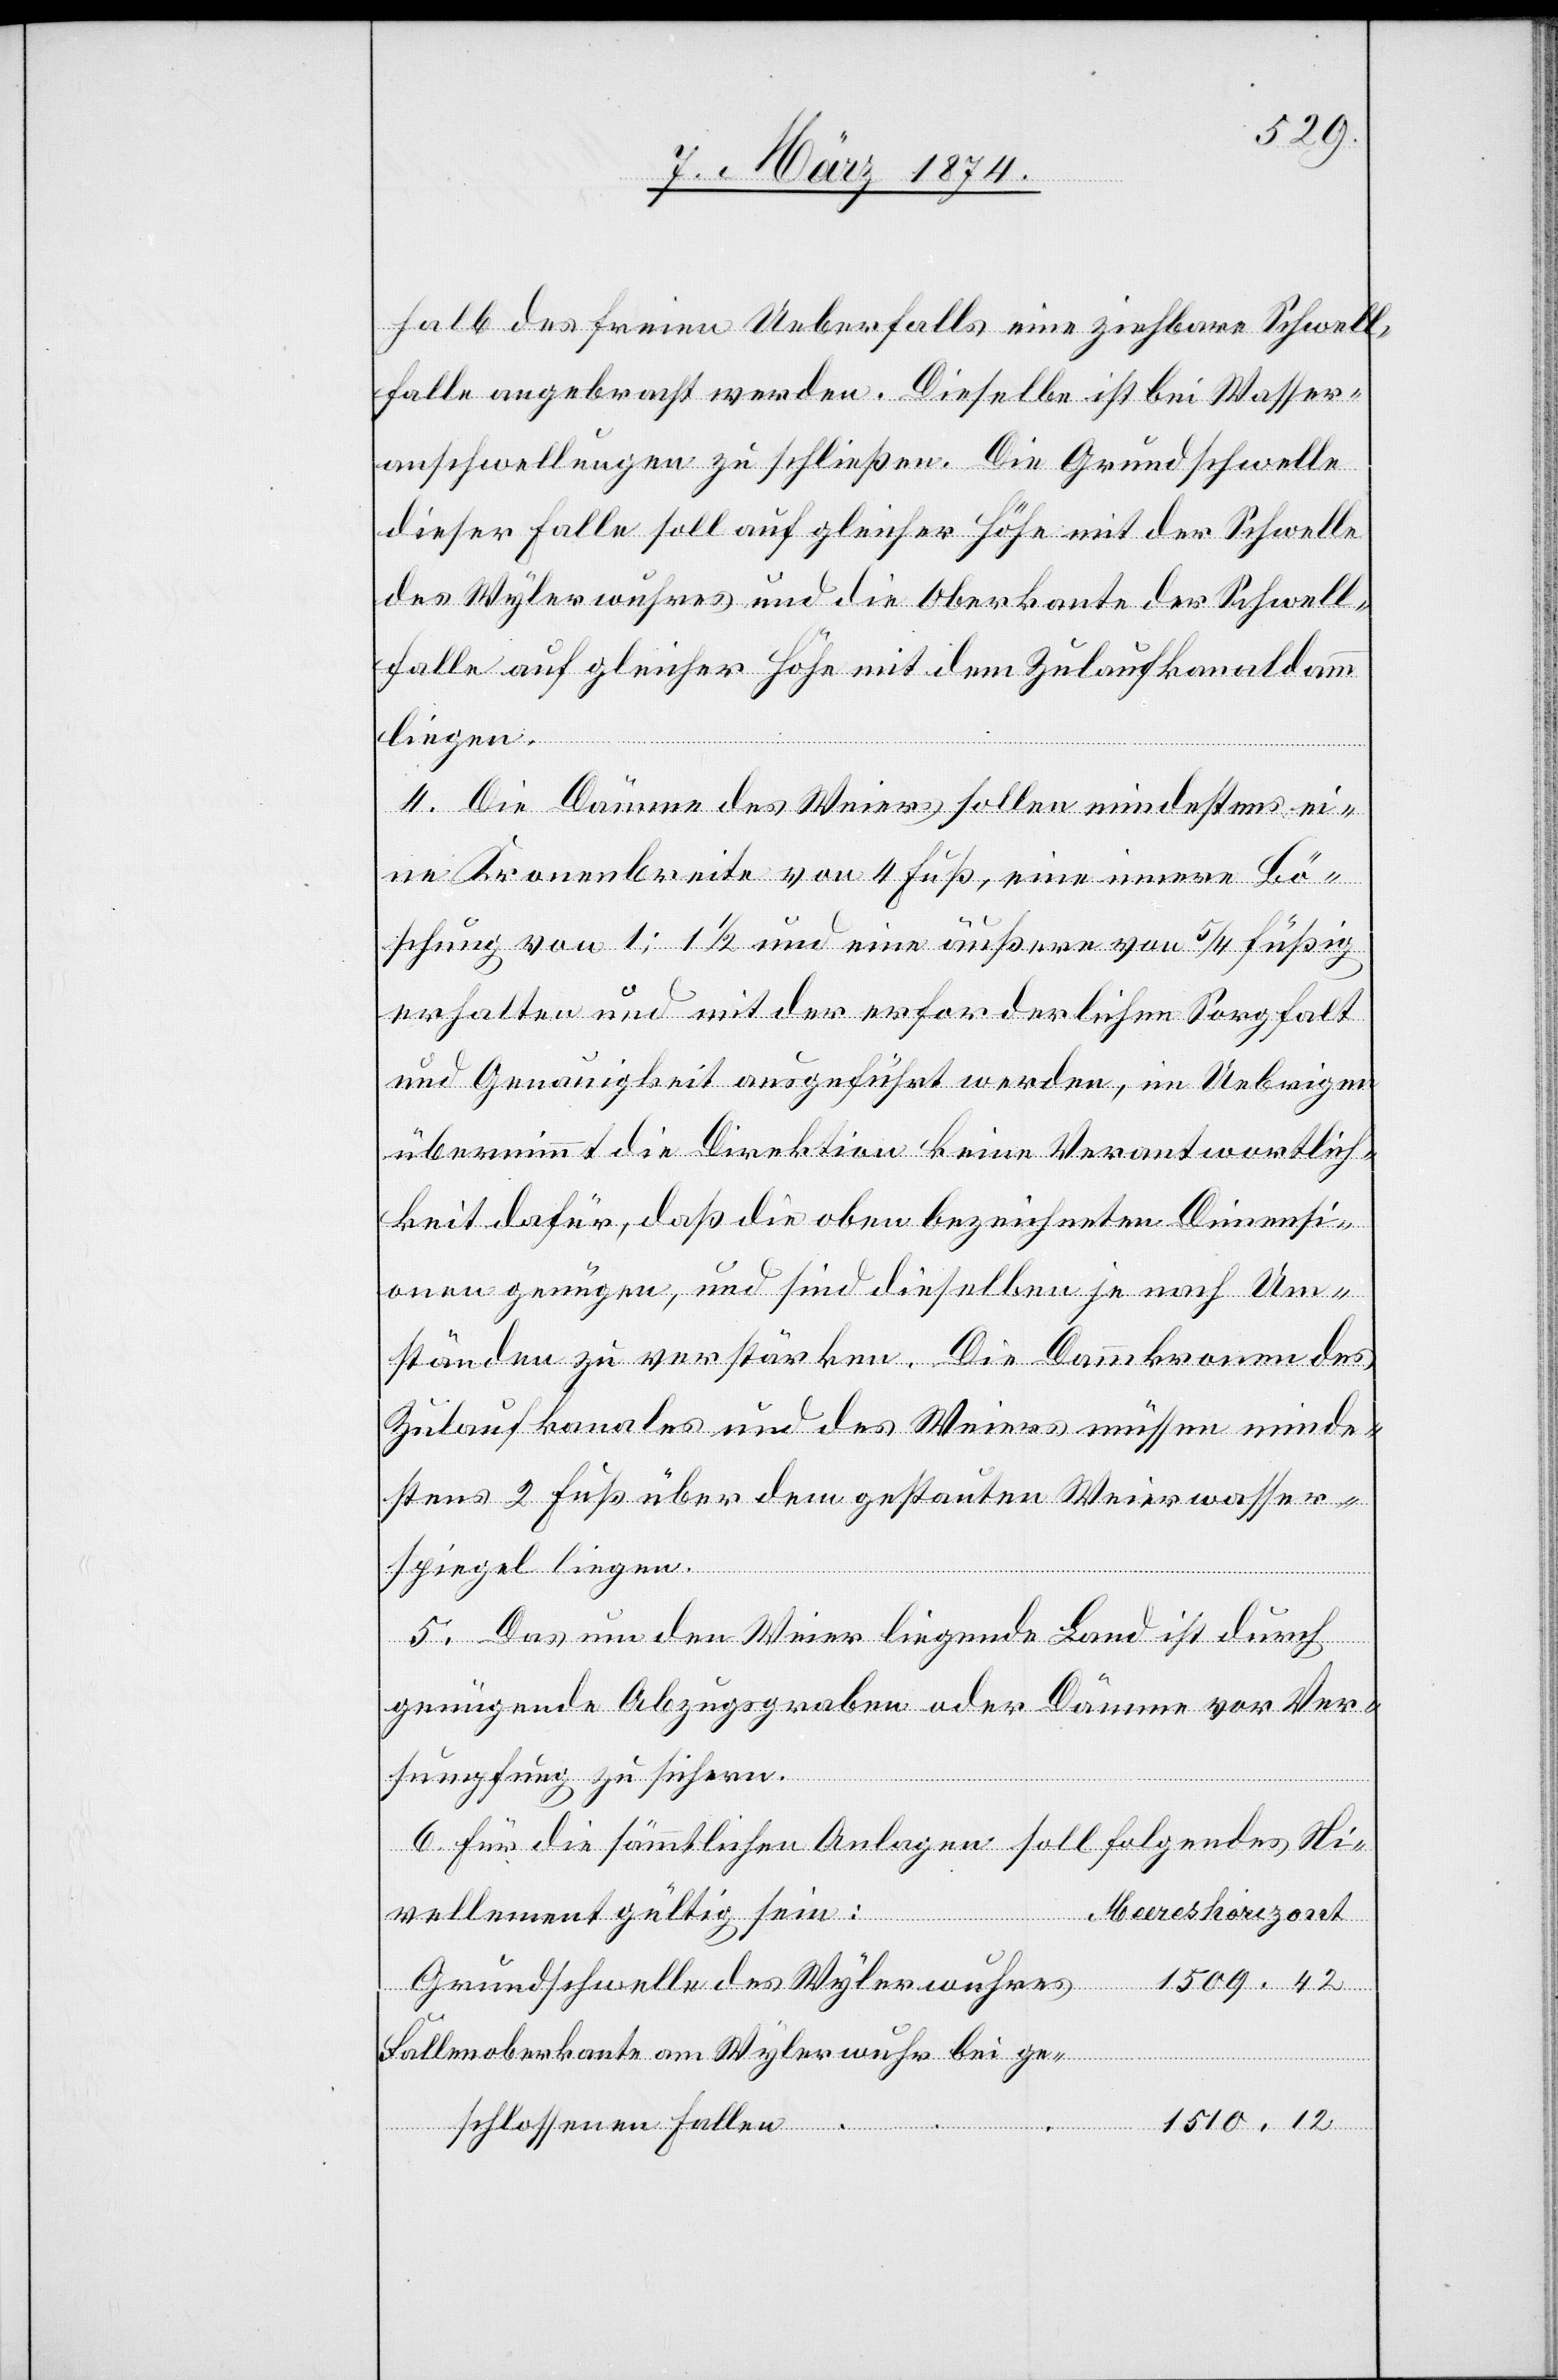
halb des freien Ueberfalls eine ziehbare Schwell¬
falle angebracht werden. Dieselbe ist bei Wasser¬
anschwellungen zu schließen. Die Grundschwelle
dieser Falle soll auf gleicher Höhe mit der Schwelle
des Wylerwuhres und die Oberkante der Schwell¬
falle auf gleicher Höhe mit dem Zulaufkanaldamm
liegen.
4. Die Dämme des Weiers sollen mindestens ei¬
ne Kronenbreite von 4 Fuß, eine innere Bö¬
schung von 1: 1 1/2 und eine äußere von 5/4 füßig
erhalten und mit der erforderlichen Sorgfalt
und Genauigkeit ausgeführt werden, im Uebrigen
übernimmt die Direktion keine Verantwortlich¬
keit dafür, daß die oben bezeichneten Dimensi¬
onen genügen, und sind dieselben je nach Um¬
ständen zu verstärken. Die Dammkronen des
Zulaufkanales und des Weiers müssen minde¬
stens 2 Fuß über dem gestauten Weier Wasser¬
ment
spiegel liegen.
5. Das um den Weier liegende Land ist durch
genügende Abzugsgraben oder Dämme vor Ver¬
sumpfung zu sichern.
6. Für die sämmtlichen Anlagen soll folgendes Ni¬
Grundschwelle des Wylerwuhres		1509,42
Fallenoberkante am Wylerwuhr bei ge-
schlossenen Falle¬
n		1510,12